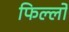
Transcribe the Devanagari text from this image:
फिल्लो